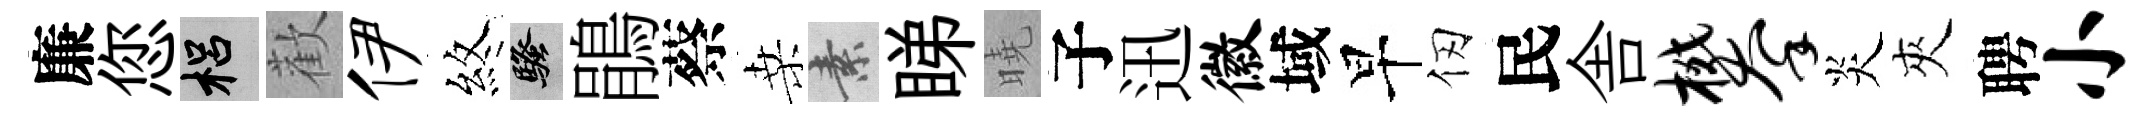
廉您梠歡伊煞騷鵑蔡桑素睇曉子迅徽域早仞民舎攀炎夾聘小